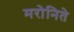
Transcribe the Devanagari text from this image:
मरोनिते